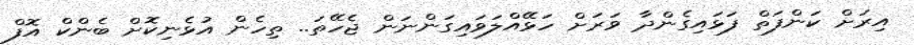
އިރަށް ކަންފަތް ފަޅައިގެންދާ ވަރަށް ހަޅޭއްލަވައިގަންނަން ޖެހޭތަ.. ތިހެން އުޅެނިކޮށް ބެންކް އޮފް